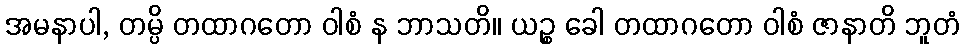
အမနာပါ, တမ္ပိ တထာဂတော ဝါစံ န ဘာသတိ။ ယဉ္စ ခေါ တထာဂတော ဝါစံ ဇာနာတိ ဘူတံ